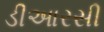
ડીઆરસી